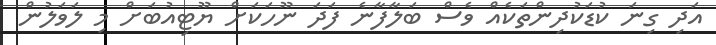
އަދި ގިނަ ކުޑަކުދިންތަކެއް ވެސް ބަލާފާނެ ފަދަ ނޫހަކަށް ޔޫޓިއުބަށް މި ލަވަލުން